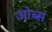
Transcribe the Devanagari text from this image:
ओब्स